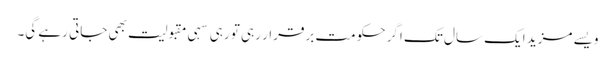
ویسے مزید ایک سال تک اگر حکومت برقرار رہی تو رہی سہی مقبولیت بھی جاتی رہے گی۔